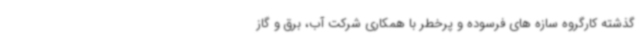
گذشته کارگروه سازه های فرسوده و پرخطر با همکاری شرکت آب، برق و گاز